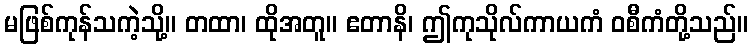
မဖြစ်ကုန်သကဲ့သို့။ တထာ၊ ထိုအတူ။ ဧတာနိ၊ ဤကုသိုလ်ကာယကံ ဝစီကံတို့သည်။